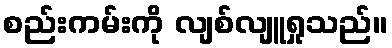
စည်းကမ်းကို လျစ်လျူရှုသည်။